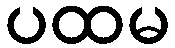
ပထမ